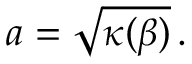
a = \sqrt { \kappa ( \beta ) } \, .